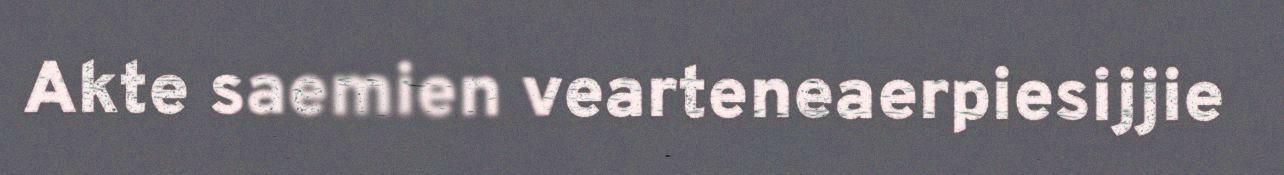
Akte saemien vearteneaerpiesijjie